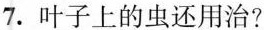
7.叶子上的虫还用治？